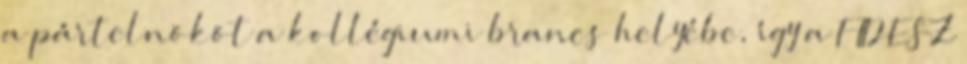
a pártelnököt a kollégiumi brancs helyébe, így a FIDESZ